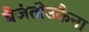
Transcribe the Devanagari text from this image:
बैजंतीउकैना